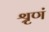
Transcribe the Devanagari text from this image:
श्रृणं